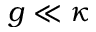
g \ll \kappa